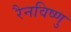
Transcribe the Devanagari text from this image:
रैनविष्णु